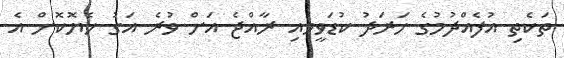
ތަކެތި އުފެއްދުމުގެ ހަރަދު ކުޑަވީމައި ރާއްޖެ އަށް ވުރެ އަގު ހެޔޮކޮށް އެ